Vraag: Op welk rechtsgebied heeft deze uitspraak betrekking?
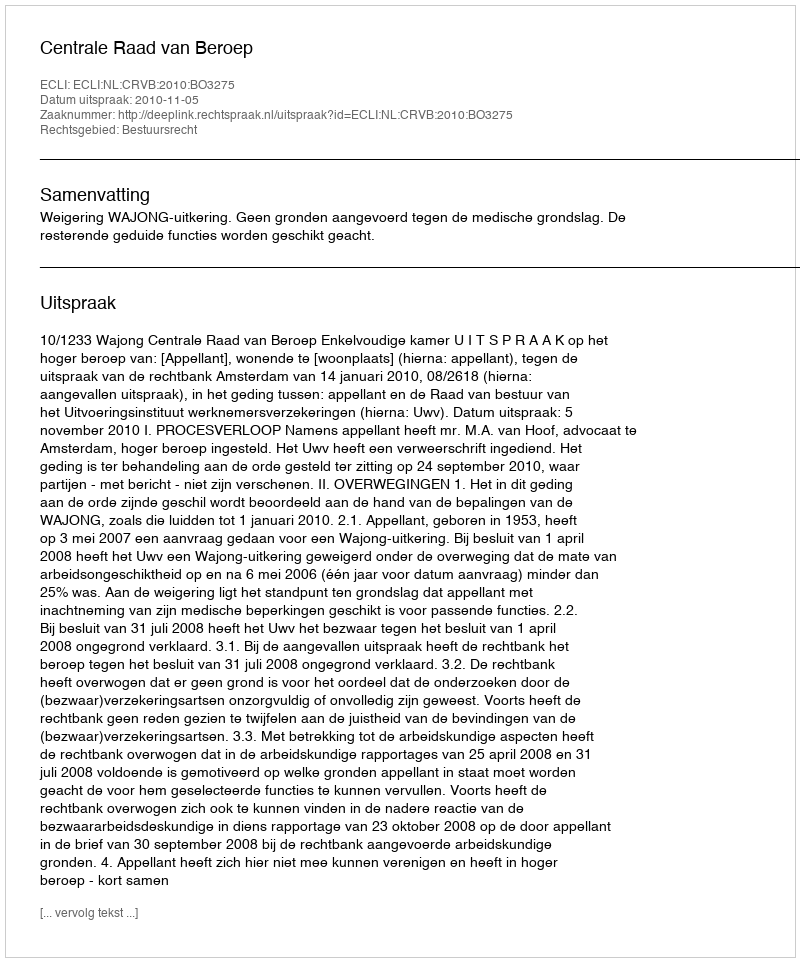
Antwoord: Bestuursrecht